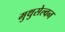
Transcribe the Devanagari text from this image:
मुथुसेल्वन